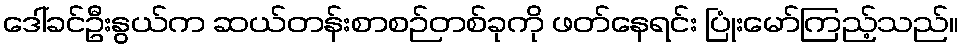
ဒေါ်ခင်ဦးနွယ်က ဆယ်တန်းစာစဉ်တစ်ခုကို ဖတ်နေရင်း ပြုံးမော်ကြည့်သည်။